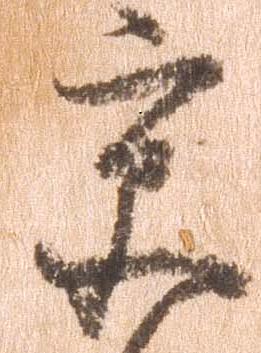
京